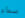
سماء